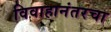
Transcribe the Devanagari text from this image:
विवाहानंतरचा